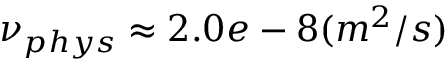
\nu _ { p h y s } \approx 2 . 0 e - 8 ( m ^ { 2 } / s )